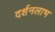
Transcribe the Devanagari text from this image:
दर्शनलाभ